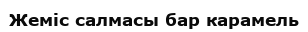
Жеміс салмасы бар карамель